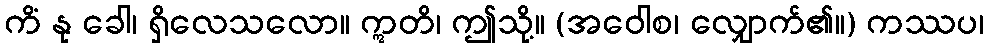
ကိံ နု ခေါ၊ ရှိလေသလော။ ဣတိ၊ ဤသို့။ (အဝေါစ၊ လျှောက်၏။) ကဿပ၊